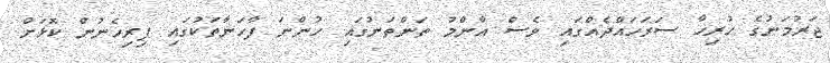
ޖަރުމަނުގެ ހުރިހާ ސަރަހައްދެއްގައި ވެސް އާންމު ތަންތަނުގައި ހުންނަ ފާހަނާތަކުގައި ފިރިހެނުން ކޮޅަށް